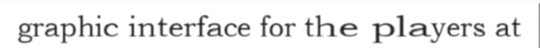
graphic interface for the players at